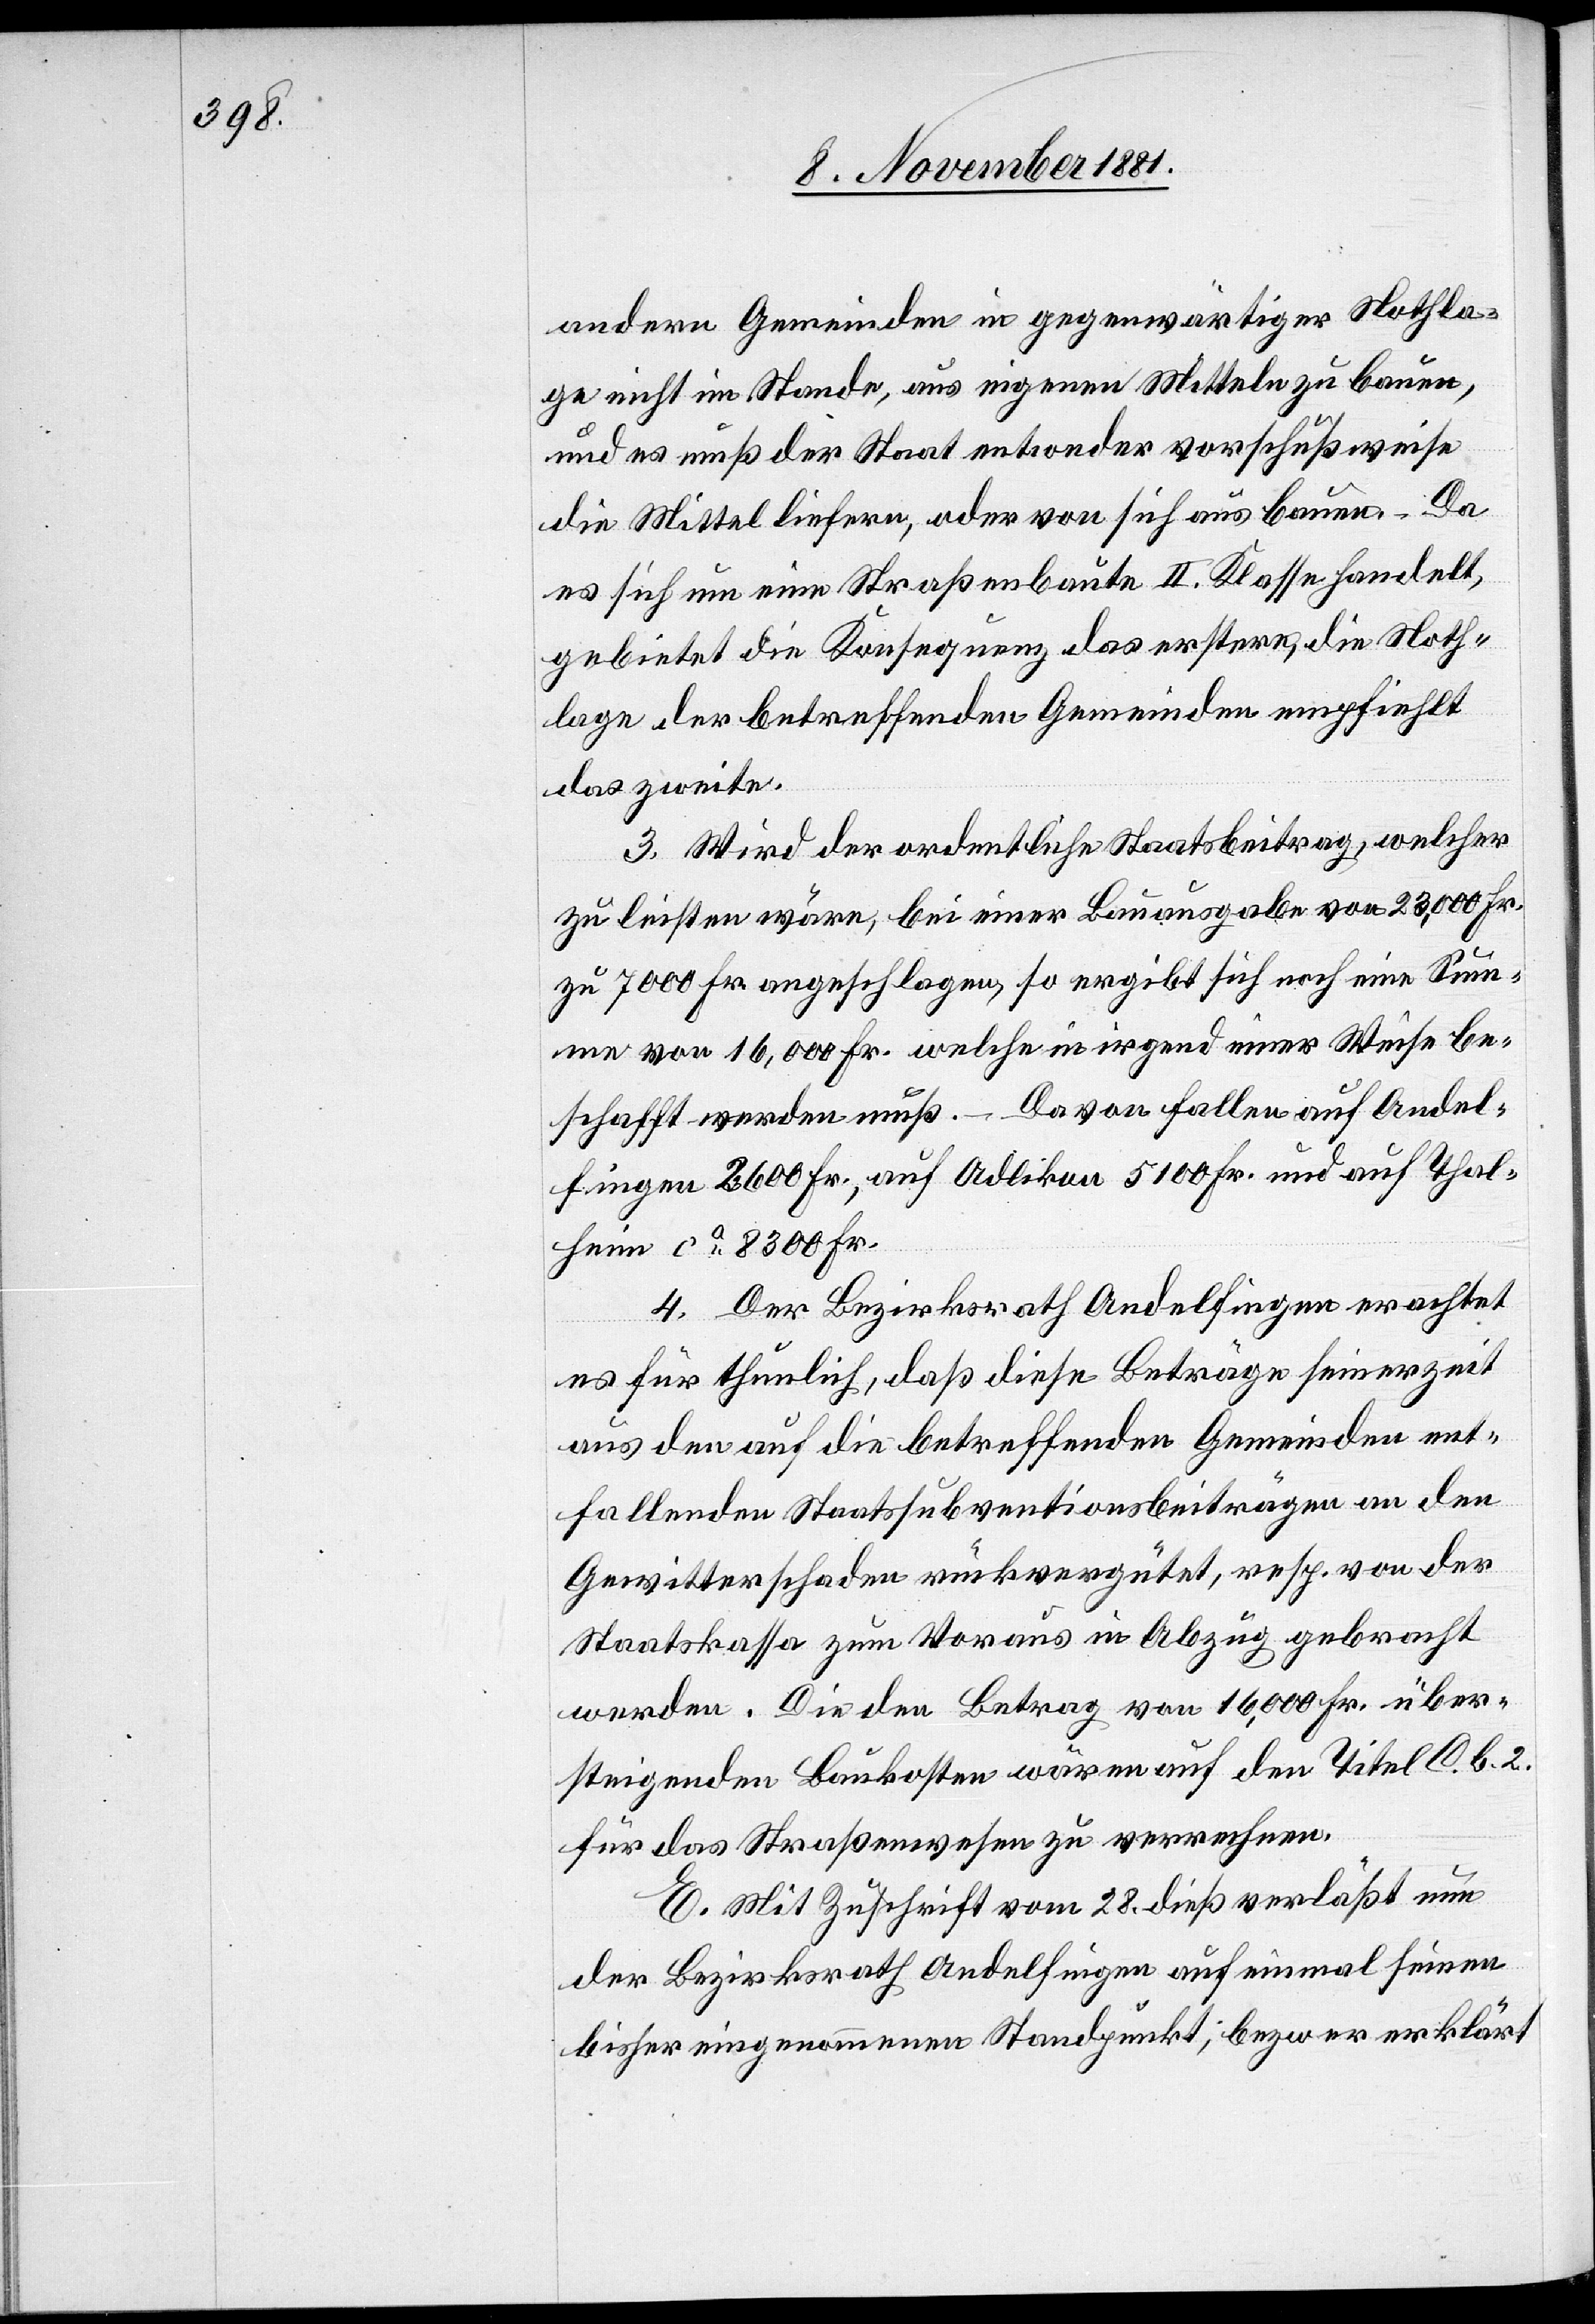
andern Gemeinden in gegenwärtiger Nothla¬
ge nicht im Stande, aus eigenen Mitteln zu bauen,
und es muß der Staat entweder vorschußweise
die Mittel liefern, oder von sich aus bauen. – Da
es sich um eine Straßenbaute II. Klasse handelt,
gebietet die Konsequenz das erstere, die Noth¬
lage der betreffenden Gemeinden empfiehlt
das zweite.
3. Wird der ordentliche Staatsbeitrag, welcher
zu leisten wäre, bei einer Bauausgabe von 23,000 Fr.
zu 7000 Fr. angeschlagen, so ergibt sich noch eine Sum¬
me von 16,000 Fr. welche in irgend einer Weise be¬
schafft werden muß. – Davon fallen auf Andel¬
fingen 2600 Fr. auf Adlikon 5100 Fr. und auf Thal¬
heim ca 8300 Fr.
4. Der Bezirksrath Andelfingen erachtet
es für thunlich, daß diese Beträge seinerzeit
aus den auf die betreffenden Gemeinden ent¬
fallenden Staatssubventionsbeiträgen an den
Gewitterschaden rückvergütet, resp. von der
Staatskasssa zum Voraus in Abzug gebracht
werden. Die den Betrag von 16,000 Fr. über¬
steigenden Baukosten wären auf den Titel C. b. 2.
für das Straßenwesen zu verrechnen.
E. Mit Zuschrift vom 28. dieß verläßt nun
der Bezirksrath Andelfingen auf einmal seinen
bisher eingenommenen Standpunkt; bezw. er erklärt